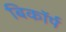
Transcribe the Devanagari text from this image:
बिकॉर्प